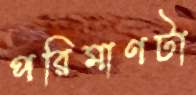
পরিমাণটা